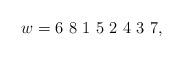
LaTeX: \begin{align*}w= 6\ 8\ 1\ 5\ 2\ 4\ 3\ 7, \end{align*}